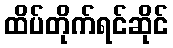
ထိပ်တိုက်ရင်ဆိုင်